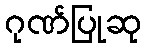
ဂုဏ်ပြုဆု